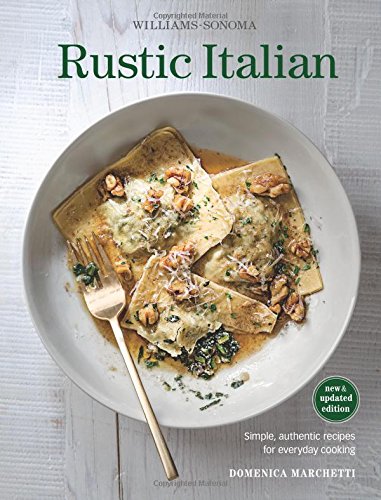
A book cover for Rustic Italian (Williams Sonoma) Revised Edition: Simple, authentic recipes for everyday cooking; Domenica Marchetti; Cookbooks, Food & Wine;